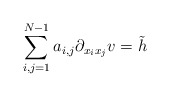
\begin{align*}\sum_{i,j=1}^{N-1}a_{i,j}\partial_{x_i x_j} v=\tilde{h}\end{align*}